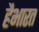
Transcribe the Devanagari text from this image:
हैभारत